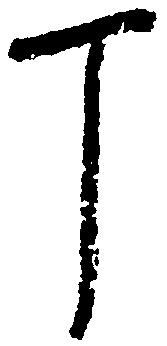
丁